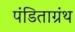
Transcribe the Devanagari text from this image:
पंडिताग्रंथ